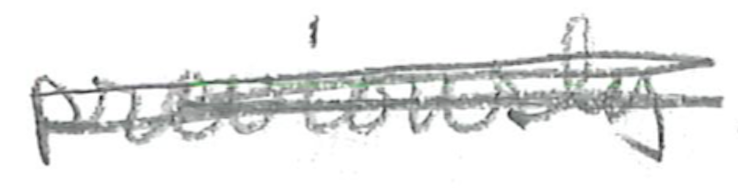
Text: previously
Cross-out: mix
Writing tool: pencil